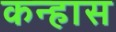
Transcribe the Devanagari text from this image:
कन्हास